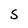
Character: S